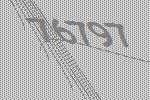
76797